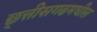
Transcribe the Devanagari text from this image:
छ्त्तीसगढमधील